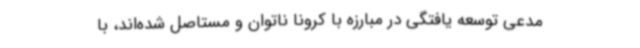
مدعی توسعه یافتگی در مبارزه با کرونا ناتوان و مستاصل شده‌اند، با